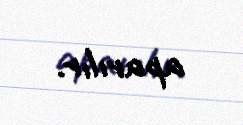
aparılır.